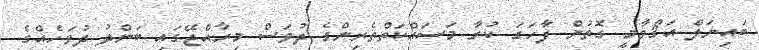
ބައިނަލް އަޤްވާމީ ގޮތުން ފާހަގަ ކުރާ މަސައްކަތްތެރިންގެ ދުވަސް މިރާއްޖޭގައި ބަންދު ދުވަހެއްގެ